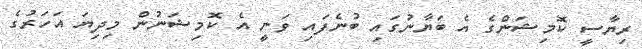
ރިޔާސީ ކޮމިޝަންގެ އެ ބަޔާނުގައި ބުނެފައި ވަނީ އެ ކޮމިޝަނުން މިދިޔަ އަހަރުގެ